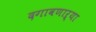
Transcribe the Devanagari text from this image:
दगावणाऱ्या